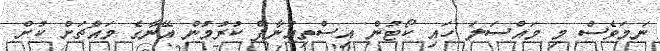
ނަމަވެސް މި މައްސަލަ ހައި ކޯޓުން އިސްތިއުނާފް ކުރުމުން އޭނާގެ މައްޗަށް ކުށް